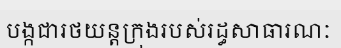
បង្កជារថយន្តក្រុងរបស់រដ្ធសាធារណៈ